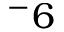
^ - 6